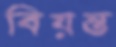
বিয়ন্ত